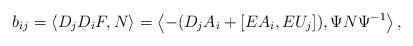
LaTeX: \begin{align*}b_{ij}=\langle D_jD_iF,N\rangle=\left\langle -(D_jA_i+ [EA_i,EU_j]),\Psi N\Psi^{-1}\right\rangle,\end{align*}